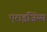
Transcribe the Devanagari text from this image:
एराइजिंग्स